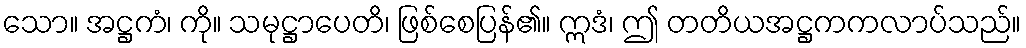
သော။ အဋ္ဌကံ၊ ကို။ သမုဋ္ဌာပေတိ၊ ဖြစ်စေပြန်၏။ ဣဒံ၊ ဤ တတိယအဋ္ဌကကလာပ်သည်။